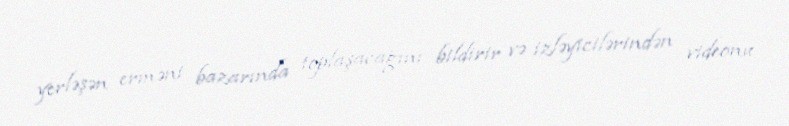
yerləşən erməni bazarında toplaşacağını bildirir və izləyicilərindən videonu